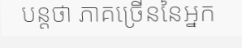
បន្តថា ភាគច្រើននៃអ្នក